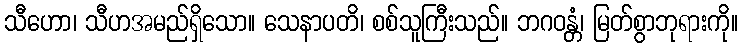
သီဟော၊ သီဟအမည်ရှိသော။ သေနာပတိ၊ စစ်သူကြီးသည်။ ဘဂဝန္တံ၊ မြတ်စွာဘုရားကို။